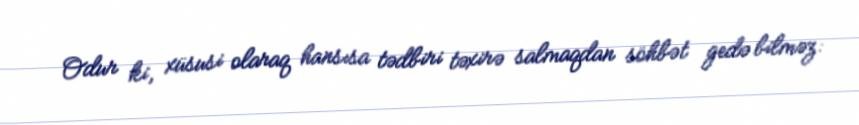
Odur ki, xüsusi olaraq hansısa tədbiri təxirə salmaqdan söhbət gedə bilməz: